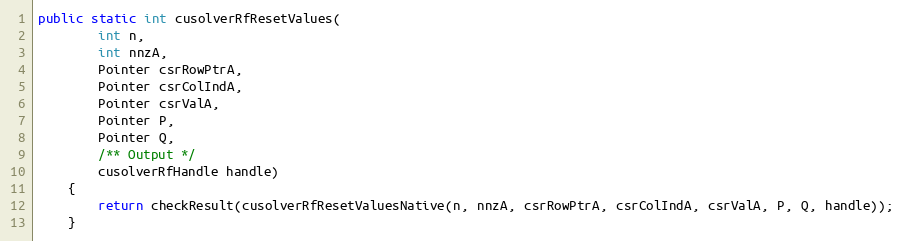
Language: Java
public static int cusolverRfResetValues(
        int n,
        int nnzA,
        Pointer csrRowPtrA,
        Pointer csrColIndA,
        Pointer csrValA,
        Pointer P,
        Pointer Q,
        /** Output */
        cusolverRfHandle handle)
    {
        return checkResult(cusolverRfResetValuesNative(n, nnzA, csrRowPtrA, csrColIndA, csrValA, P, Q, handle));
    }